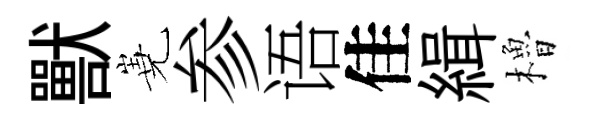
獸嶤参语佳緝櫓